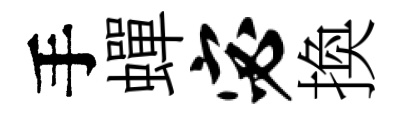
手蟬宓換